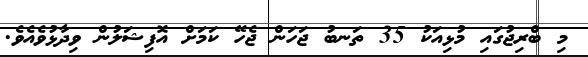
މި ބްރިޖުގައި މުޅިއަކު 35 ތަނބު ޖަހަން ޖެހޭ ކަމަށް އޮފިޝަލުން ވިދާޅުވެއެވެ.